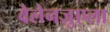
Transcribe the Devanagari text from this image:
वेलेनज़ुएला